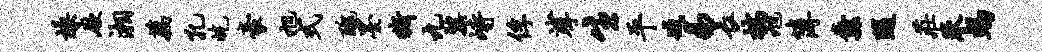
燥厥湘藕孔屹豪旭式丑墨嘶九鼐峙俘挲生平臧易长揣旭簿纛随庄承竭